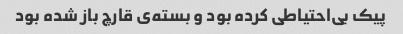
پیک بی‌احتیاطی کرده بود و بسته‌ی قارچ باز شده بود